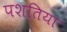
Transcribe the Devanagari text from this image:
पशतिया